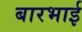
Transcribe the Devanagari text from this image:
बारभाई